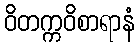
ဝိတက္ကဝိစာရာနံ